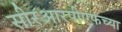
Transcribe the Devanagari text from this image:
सीरआरपीएफच्या